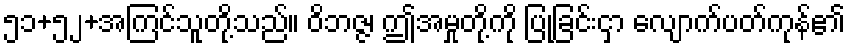
၅၁+၅၂+အကြင်သူတို့သည်။ ဝိဘဇ္ဇ၊ ဤအမှုတို့ကို ပြုခြင်းငှာ လျောက်ပတ်ကုန်၏